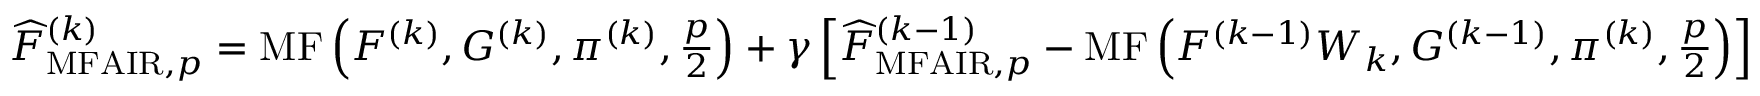
\begin{array} { r } { \widehat { F } _ { \mathrm { M F A I R } , p } ^ { ( k ) } = \operatorname { M F } \left( F ^ { ( k ) } , G ^ { ( k ) } , \pi ^ { ( k ) } , \frac { p } { 2 } \right) + \gamma \left[ \widehat { F } _ { \mathrm { M F A I R } , p } ^ { ( k - 1 ) } - \operatorname { M F } \left( F ^ { ( k - 1 ) } W _ { k } , G ^ { ( k - 1 ) } , \pi ^ { ( k ) } , \frac { p } { 2 } \right) \right] } \end{array}